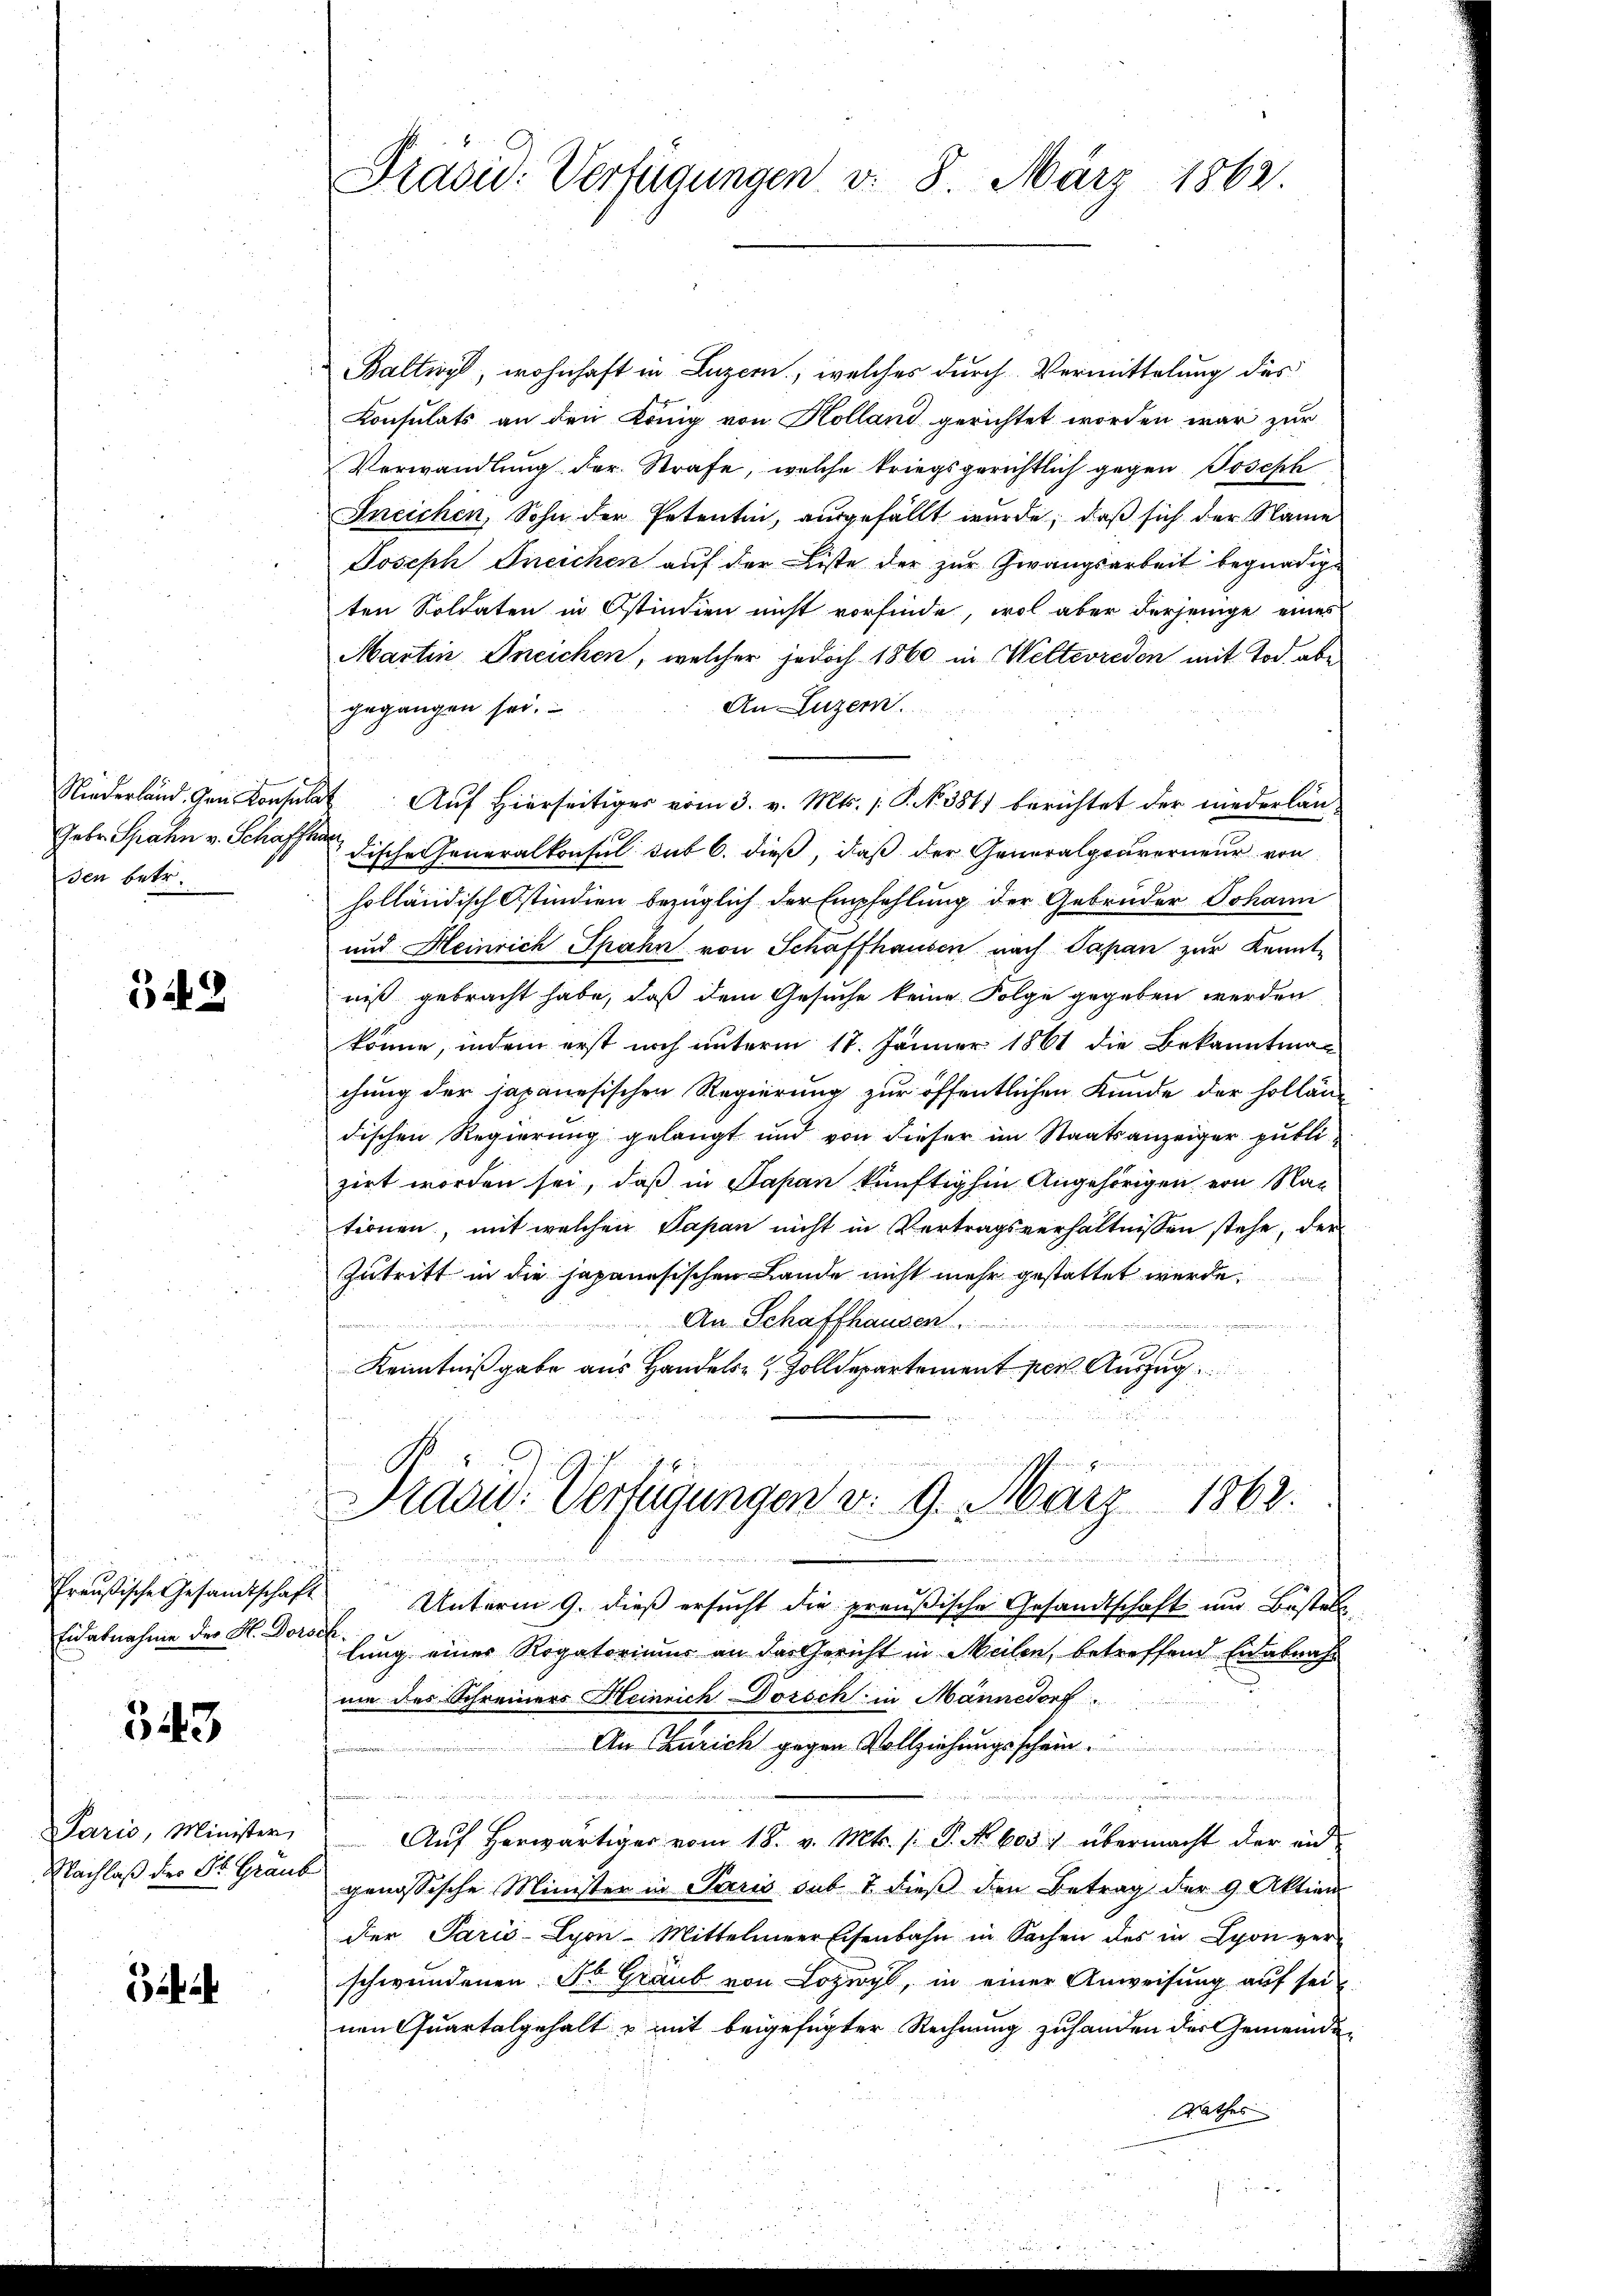
Gebr. Spahn v. Schaffha
sen betr.

342

u
Preußische Gesandtschaft
Ein abnahme der H. Dorsch

543

Paris, Minister
Nachlaß dies St. Graub

Biha

Präsid. Verfügungen d. 8. März 1862.

Baltivis, wohnhaft in Luzern, welches durch Vermittelung des
Consulats an den König von Holland gerichtet worden war zur
Verwandlung der Strafe, welche kriegsgerichtlich gegen Joseph
Ineichen, Sohn der Petentin, ausgefällt wurde, daß sich der Name
Joseph Gneichen auf der Liste der zur Zwangsarbeit begnadige
ten Soldaten in Ostindien nicht vorfinde, wol aber derjenige eines
Martin Ineichen, welcher jedoch 1860 in Welterreden mit Tod abe
An Luzern.
gegangen sei.
Niederland. Den Konsulat Auf hierseitiges vom 3. v. Mts. 1. P. N. 381) berichtet der niederländische Generalkonsul sub 6. dieß, daß der Generalgouverneur von
holländisch Ostindien bezüglich der Empfehlung der Gebrüder Johann
und Heinrich Spahn von Schaffhausen nach Papan zur Kennt-
niß gebracht habe, daß dem Gesuche keine Folge gegeben werden
könne, indem erst noch unterm 17. Jänner 1861 die Bekanntmachung der japanesischen Regierung zur öffentlichen Kunde der Holländischen Regierung gelangt und von dieser im Staatsanzeiger publizirt worden sei, daß in Papan künftighin Angehörigen von Nationen, mit welchen Papan nicht in Vertragsverhältnissen stehe, der
Zutritt in die japanesischen Lande nicht mehr gestattet werde,
An Schaffhausen
u
Kenntniß gabe aus Handels- & Zolldepartement per Auszug
Prasid. Verfügungen v. 9. März 1862.
 unenden
Unterm 9. dieß ersucht die preußische Gesandtschaft und Bestel
lung einer Rogatoriums an das Gericht in Meilen, betreffend Eidabnah
nie des Schreiners Heinrich Dorsch in Männedorf
An Curich gegen Vollziehungsschein.

u

Aŭf herwärtiger vom 18. v. Mts. /: P. Nr. 605) übermacht der endgenössische Minister in Paris sub 7 dieß den Betrag der 9. Aktien
der Paris-Lyon-Mittelmeer Eisenbahn in Sachen des in Lyon ver-
schwundenen Dr. Graub von Lozwyl, in einer Anweisung auf sei
nen Quartalgehalt & mit beigefügter Rechnung zuhanden der Gemeinde-
Rathes